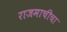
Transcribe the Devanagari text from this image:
राजमाचीचा